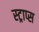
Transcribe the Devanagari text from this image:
स्ट्राप्स